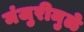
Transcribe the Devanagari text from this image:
मंजुरीमुळे